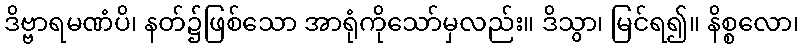
ဒိဗ္ဗာရမဏံပိ၊ နတ်၌ဖြစ်သော အာရုံကိုသော်မှလည်း။ ဒိသွာ၊ မြင်ရ၍။ နိစ္စလော၊